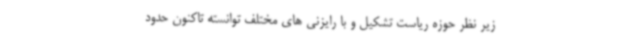
زیر نظر حوزه ریاست تشکیل و با رایزنی های مختلف توانسته تاکنون حدود